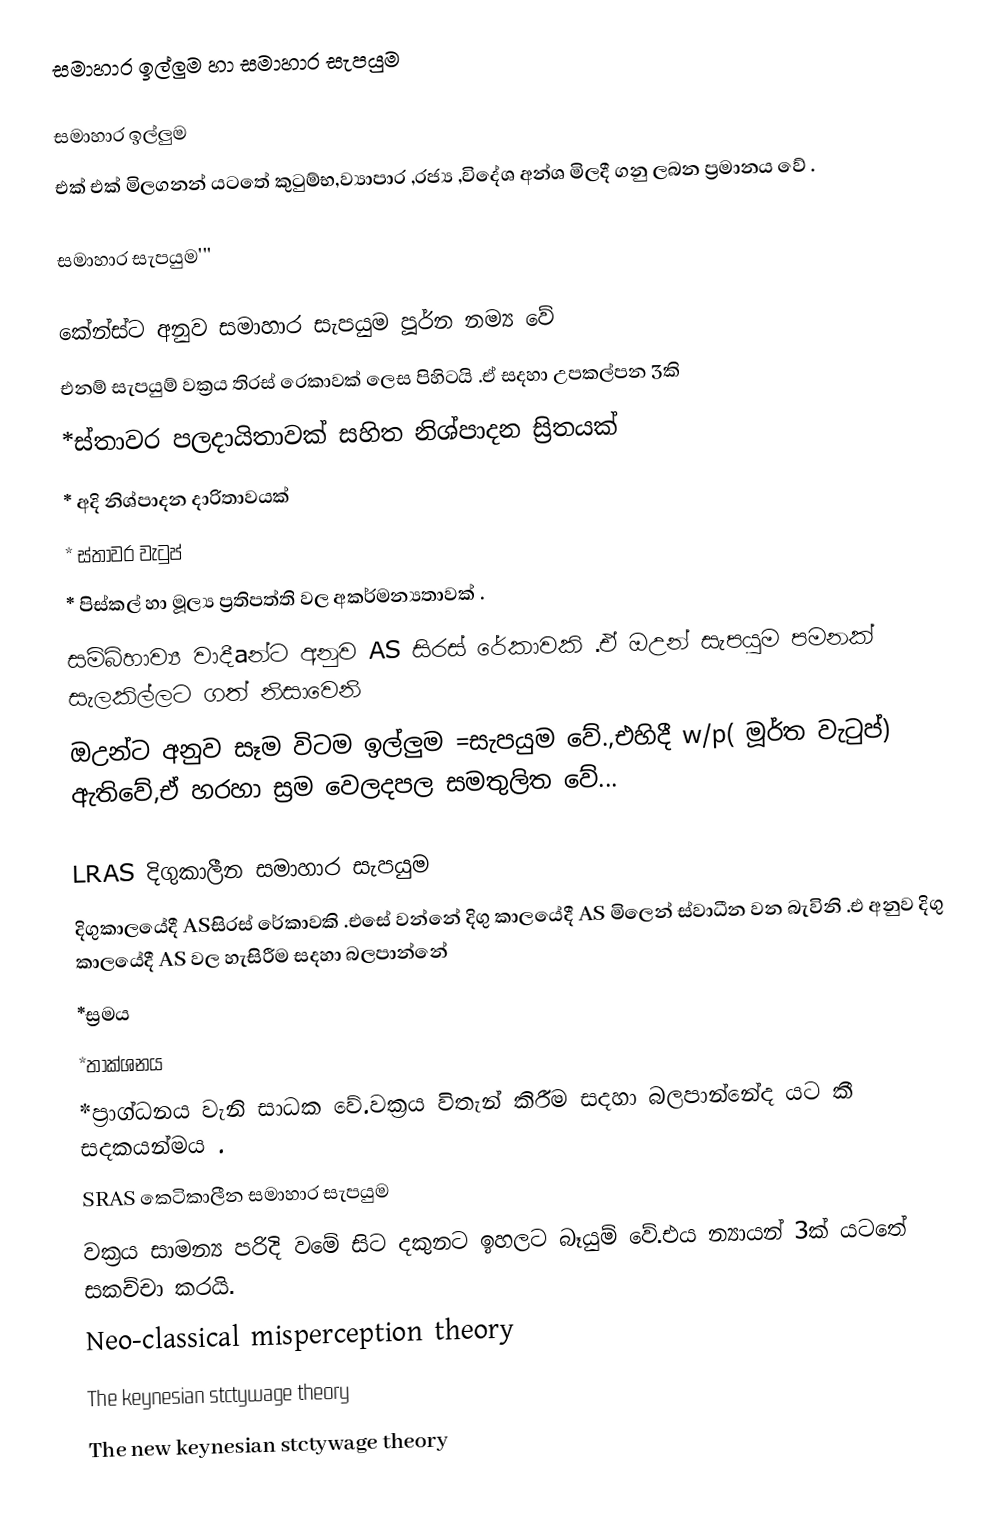
සමාහාර ඉල්ලුම හා සමාහාර සැපයුම

සමාහාර ඉල්ලුම
එක් එක් මිලගනන් යටතේ කුටුම්භ,ව්‍යාපාර ,රජ්‍ය ,විදේශ අන්ශ මිලදී ගනු ලබන ප්‍රමානය වේ .

සමාහාර සැපයුම'''

කේන්ස්ට අනුව සමාහාර සැපයුම පූර්න නම්‍ය වේ
එනම් සැපයුම් වක්‍රය තිරස් රෙකාවක් ලෙස පිහිටයි .ඒ සදහා උපකල්පන 3කි
                                  *ස්තාවර පලදායිතාවක් සහිත නිශ්පාදන ස්‍රිතයක්
                                  * අදි නිශ්පාදන දාරිතාවයක්
                                  * ස්තාවර වැටුප්
                                  * පිස්කල් හා මූල්‍ය ප්‍රතිපත්ති වල අකර්මන්‍යතාවක් .
සම්බ්හාව්‍ය වාදීaන්ට අනුව AS සිරස් රේකාවකි .ඒ ඔඋන් සැපයුම පමනක් සැලකිල්ලට ගත් නිසාවෙනි
ඔඋන්ට අනුව සෑම විටම ඉල්ලුම =සැපයුම වේ.,එහිදී w/p( මූර්ත වැටුප්) ඇතිවේ,ඒ හරහා ස්‍රම වෙලදපල සමතුලිත වේ...

      LRAS දිගුකාලීන සමාහාර සැපයුම
 දිගුකාලයේදී ASසිරස් රේකාවකි .එසේ වන්නේ දිගු කාලයේදී AS මිලෙන් ස්වාධීන වන බැවිනි .එ අනුව දිගු කාලයේදී AS වල හැසිරීම සදහා බලපාන්නේ
                                             *ස්‍රමය
                                             *තාක්ශනය
                                             *ප්‍රාග්ධනය   වැනි සාධක වේ.වක්‍රය විතැන් කිරීම සදහා බලපාන්නේද යට කී සදකයන්මය .
       SRAS    කෙටිකාලීන සමාහාර සැපයුම
වක්‍රය සාමන්‍ය පරිදි වමේ සිට දකුනට ඉහලට බෑයුම් වේ.එය න්‍යායන් 3ක් යටතේ සකච්චා කරයි.
Neo-classical misperception theory
The keynesian stctywage theory
The new keynesian stctywage theory